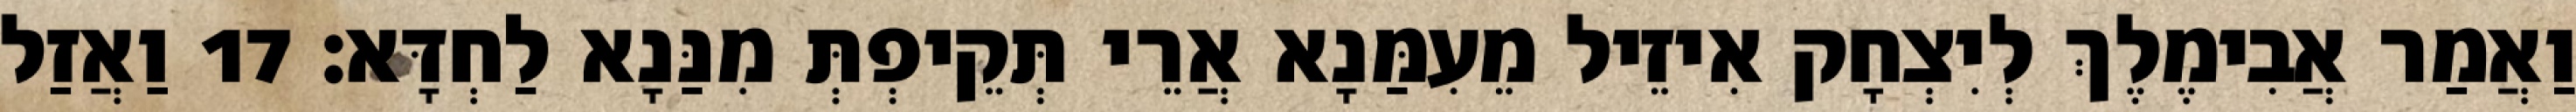
וַאֲמַר אֲבִימֶלֶךְ לְיִצְחָק אִיזֵיל מֵעִמַּנָא אֲרֵי תְּקֵיפְתְּ מִנַּנָא לַחְדָּא׃ 17 וַאֲזַל